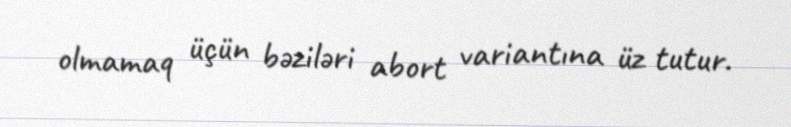
olmamaq üçün bəziləri abort variantına üz tutur.